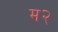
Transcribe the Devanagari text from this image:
म२